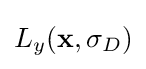
L_{y}(\mathbf {x} ,\sigma _{D})